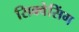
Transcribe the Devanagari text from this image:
सिक्वेसिंग